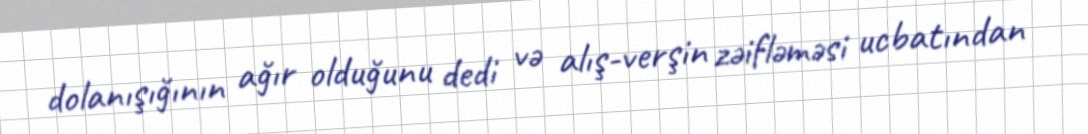
dolanışığının ağır olduğunu dedi və alış-verşin zəifləməsi ucbatından